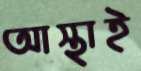
আস্থাই